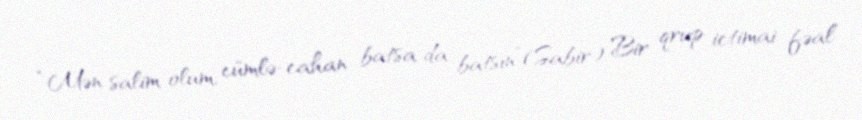
“Mən salim olum, cümlə-cahan batsa da batsın”(Sabir) Bir qrup ictimai fəal